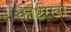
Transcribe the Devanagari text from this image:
काष्टरेखा